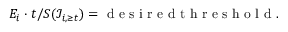
E _ { i } \cdot t / S ( \mathcal { I } _ { i , \geq t } ) = \mathrm { ~ d ~ e ~ s ~ i ~ r ~ e ~ d ~ t ~ h ~ r ~ e ~ s ~ h ~ o ~ l ~ d ~ } .